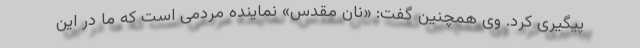
پیگیری کرد. وی همچنین گفت: «نان مقدس» نماینده مردمی است که ما در این